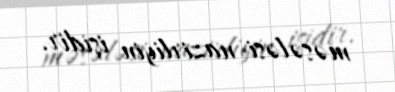
məsələsi nazirliyin işidir.